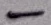
Text: -